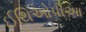
ઈથિઓપીઆ